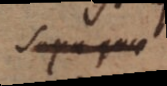
Saxa quae